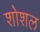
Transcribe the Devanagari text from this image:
शोशल